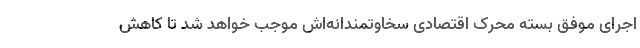
اجرای موفق بسته محرک اقتصادی سخاوتمندانه‌اش موجب خواهد شد تا کاهش